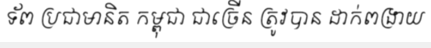
ទ័ព ប្រជាមានិត កម្ពុជា ជាច្រើន ត្រូវបាន ដាក់ពង្រាយ